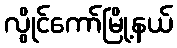
လွိုင်ကော်မြို့နယ်